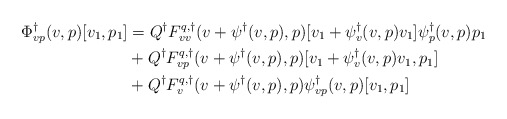
\begin{align*}\Phi^\dagger_{vp}(v,p)[v_1,p_1] &= Q^\dagger F^{q,\dagger}_{vv}(v+\psi^\dagger(v,p),p)[v_1 + \psi_v^\dagger(v,p)v_1]\psi^\dagger_p(v,p)p_1\\&+ Q^\dagger F^{q,\dagger}_{vp}(v+\psi^\dagger(v,p),p)[v_1 + \psi_v^\dagger(v,p)v_1, p_1]\\&+ Q^\dagger F^{q,\dagger}_{v}(v+\psi^\dagger(v,p),p)\psi^\dagger_{vp}(v,p)[v_1,p_1]\end{align*}